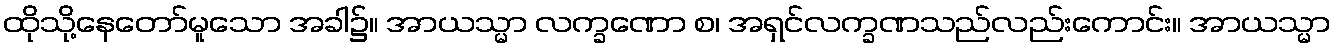
ထိုသို့နေတော်မူသော အခါ၌။ အာယသ္မာ လက္ခဏော စ၊ အရှင်လက္ခဏသည်လည်းကောင်း။ အာယသ္မာ